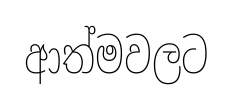
ආත්මවලට